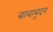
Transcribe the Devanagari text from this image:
बाबाबूदन